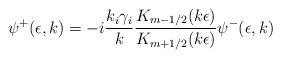
LaTeX: \begin{align*}\psi^{+}(\epsilon,k) = -i \frac{k_i \gamma_i}{k} \frac{K_{m-1/2}(k \epsilon)}{K_{m+1/2}(k \epsilon)} \psi^{-}(\epsilon,k)\end{align*}